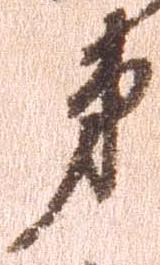
第